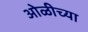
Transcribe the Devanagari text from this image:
ओळीच्या